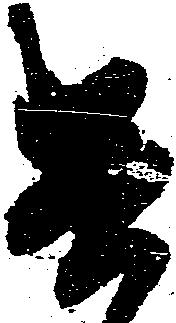
遣